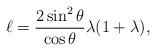
LaTeX: \begin{align*} \ell=\frac{2\sin^2\theta}{\cos\theta}\lambda(1+\lambda),\end{align*}